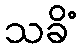
သခိံ